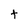
Character: t